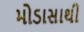
મોડાસાથી